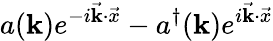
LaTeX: a(\mathbf{k})e^{-i\vec{{\mathbf{k}}}\cdot\vec{{x}}}-a^{\dagger}(\mathbf{k})e^{i\vec{{\mathbf{k}}}\cdot\vec{{x}}}